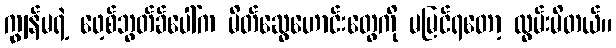
ကျွန်မရဲ့ ဖေ့စ်ဘွတ်ခ်ပေါ်က မိတ်ဆွေဟောင်းတွေကို မမြင်ရတော့ လွမ်းမိတယ်။